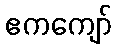
ဧကကျော်